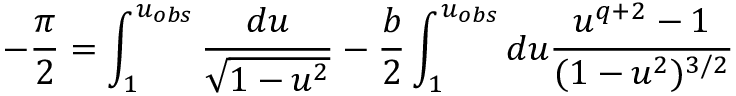
- \frac { \pi } { 2 } = \int _ { 1 } ^ { u _ { o b s } } \frac { d u } { \sqrt { 1 - u ^ { 2 } } } - \frac { b } { 2 } \int _ { 1 } ^ { u _ { o b s } } d u \frac { u ^ { q + 2 } - 1 } { ( 1 - u ^ { 2 } ) ^ { 3 / 2 } }